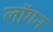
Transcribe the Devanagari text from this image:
लॉगन